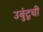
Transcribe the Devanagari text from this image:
उबुंटूची